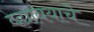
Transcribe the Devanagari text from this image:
व्ह्यावयाचे